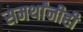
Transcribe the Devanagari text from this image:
समर्थांनीही